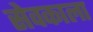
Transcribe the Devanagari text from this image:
सेवकाला